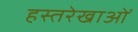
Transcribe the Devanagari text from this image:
हस्तरेखाओं